65_HS1-834228961_62-HQ-83894_Section_7
Agency: FBI
Page 112
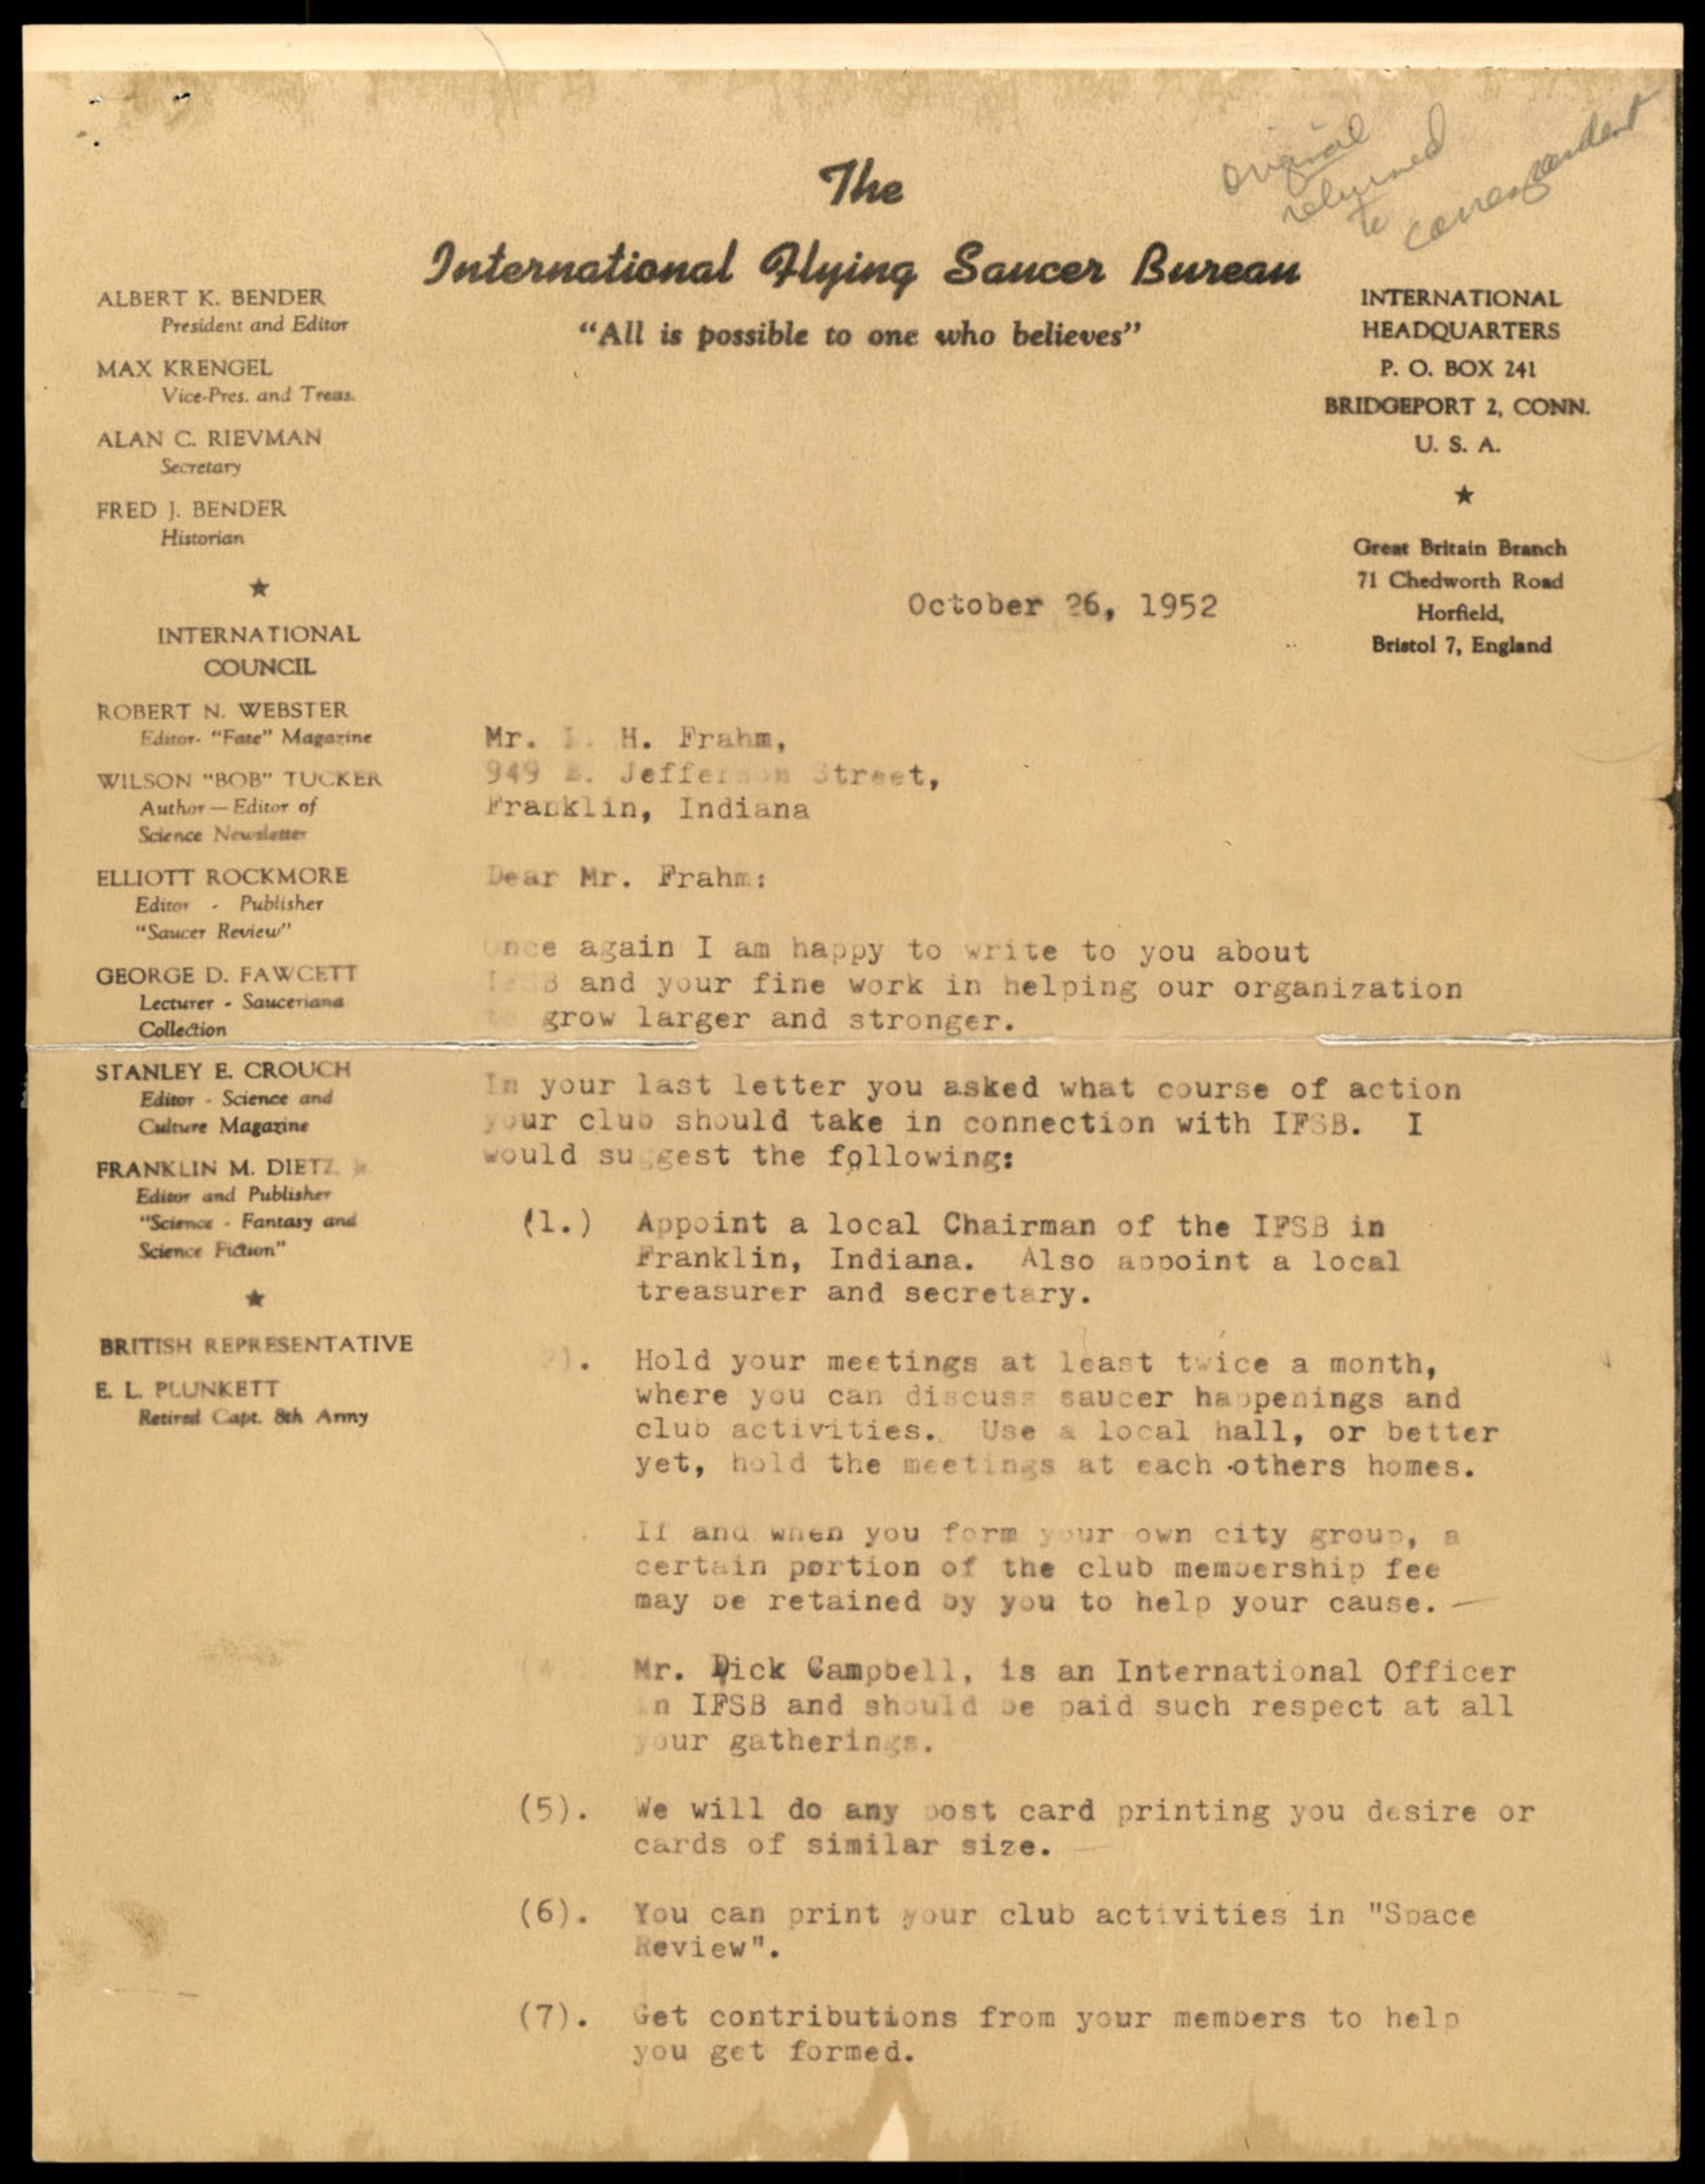